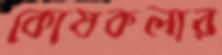
কোষকলার